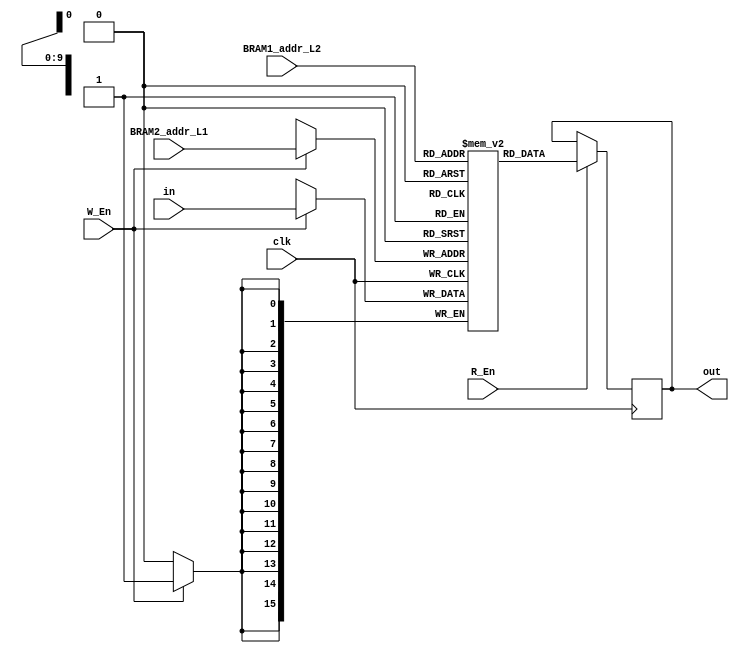
module MEM_TRANS (clk,BRAM2_addr_L1,BRAM1_addr_L2,in,W_En,R_En,out);
input clk,W_En,R_En;
input [9:0] BRAM2_addr_L1,BRAM1_addr_L2;
input [15:0] in;
output reg [15:0] out;

reg [15:0] ram[0:1023];
always @ (posedge clk)
	begin	
		if(W_En)
			ram[BRAM2_addr_L1]<=in;
		if (R_En)  
			out<=ram[BRAM1_addr_L2];
	end
endmodule